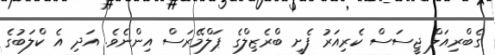
ގެބްރިއަލް ޖީސަސް ކެރިއަރު ފެށީ ބްރެޒިލްގެ ޕަލްމޭރަސް އިންނެވެ. އަދި އެ ކްލަބުގެ